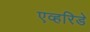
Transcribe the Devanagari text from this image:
एव्हरिडे